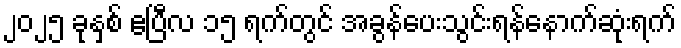
၂၀၂၅ ခုနှစ် ဧပြီလ ၁၅ ရက်တွင် အခွန်ပေးသွင်းရန်နောက်ဆုံးရက်